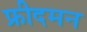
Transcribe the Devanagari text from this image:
फ्रीदमन